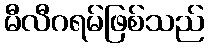
မီလီဂရမ်ဖြစ်သည်